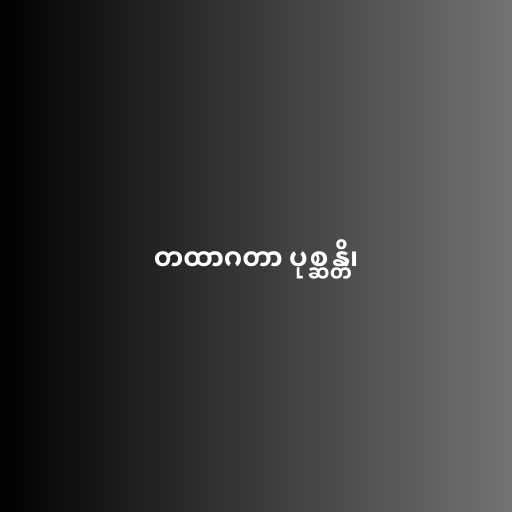
တထာဂတာ ပုစ္ဆန္တိ၊